Vaccination Hyderabad 1872-1889 - 1872-1889
Year: 1872
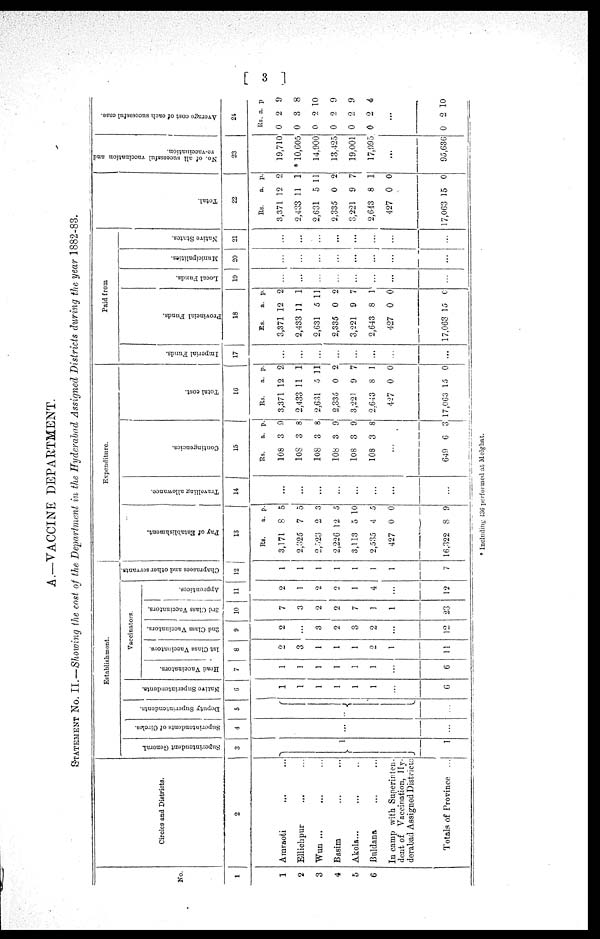
[ 3 ]
A.—VACCINE DEPARTMENT.
STATEMENT No. II.—Showing the cost of the Department in the Hyderabad Assigned Districts during the year 1882-83.
No.
1
1
2
3
4
5
6
Circles and Districts.
2
Amraoti ... ...
Ellichpur ... ...
Wun
...
...
Basim ... ...
Akola... ... ..
Buldana ... ...
In camp with Superinten-
dent of Vaccination, Hy-
derabad Assigned Districts
Totals of Province ...
Establishment.
Superintendent General
3
1
1
Superintendents of Circles.
4
...
...
Deputy Superintendents.
5
...
...
Native Superintendents.
6
1
1
1
1
1
1
...
6
Vaccinators.
Head Vaccinators.
7
1
1
1
1
1
1
...
6
1st Class Vaccinators.
8
2
3
1
1
1
2
1
11
2nd Class Vaccinators.
9
2
...
3
2
3
2
...
12
3rd Class Vaccinators.
10
7
3
2
2
7
1
1
23
Apprentices.
11
2
1
2
2
1
4
...
12
Chaprasees and other servants.
12
1
1
1
1
1
1
1
7
Expenditure
Pay of Establishment.
13
Rs.
3,171
2,325
2,523
2,226
3,113
2,535
427
16,322
a.
8
7
2
12
5
4
0
8
p.
5
5
3
5
10
5
0
9
Travelling allowance.
14
...
...
...
...
...
...
...
...
Cont i
nge nc i
e s .
15
Rs.
108
108
108
108
108
108
a.
3
3
3
3
3
3
p.
9
8
8
9
9
8
...
649 6 3
Total cost.
16
Rs.
3,371
2,433
2,631
2,335
3,221
2,643
427
17,063
a.
12
11
5
0
9
8
0
15
P.
2
1
11
2
7
1
0
0
Paid from
Imperial Funds.
17
...
...
...
...
...
...
...
...
Provincial Funds.
18
Rs.
3,371
2,433
2,631
2,335
3,221
2,643
427
17,063
a.
12
11
5
0
9
8
0
15
p.
2
1
11
2
7
1
0
0
Local Funds.
19
...
...
...
...
...
...
...
...
Municipalities.
20
...
...
...
...
...
...
...
...
Native States.
21
...
...
...
...
...
...
...
...
Total.
22
Rs.
3,371
2,433
2,631
2,335
3,221
2,643
427
17,063
a.
12
11
5
0
9
8
0
15
p.
2
1
11
2
7
1
0
0
No. of all successful vaccination and
re-vaccination.
23
19,710
* 10,605
14,900
13,425
19,001
17,995
...
95,636
Average cost of each successful case.
24
Rs
0
0
0
0
0
0
a.
2
3
2
2
2
2
p
9
8
10
9
9
4
...
0 2 10
* Including 436 performed at Melghat.